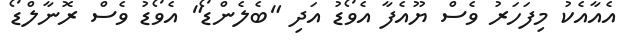
އެއާއެކު މިފަހަރު ވެސް ޔޫއެފާ އެވޯޑު އަދި "ބެލެންޑޯ" އެވޯޑު ވެސް ރޮނާލްޑޯ